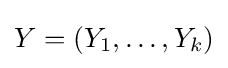
Y=\left(Y_{1},\ldots ,Y_{k}\right)